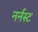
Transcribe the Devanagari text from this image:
नर्नस्ट